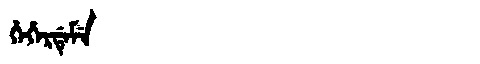
Manchu: ᡥᡝᡥᡝᡵᡩᡝᠮᡝ
Romanization: HEHERDEME